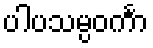
ပါပသမ္ပဝင်္ကာ